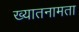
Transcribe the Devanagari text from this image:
ख्यातनामता